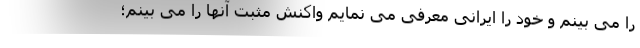
را می بینم و خود را ایرانی معرفی می نمایم واکنش مثبت آنها را می بینم؛